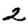
Digit: 2